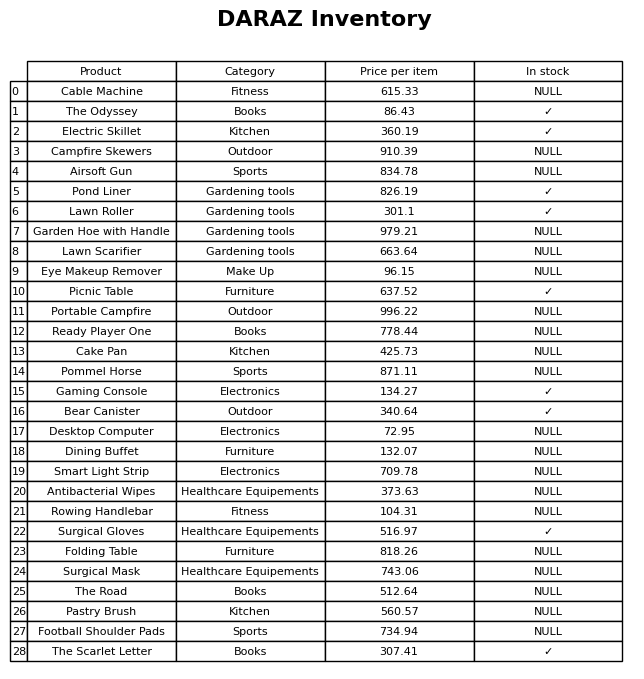
question: What category does the Ready Player One belong to?
answer: Books